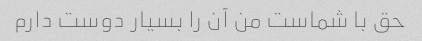
حق با شماست من آن را بسیار دوست دارم